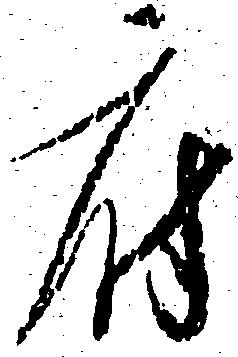
府